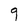
Character: g